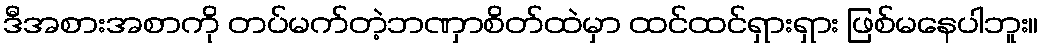
ဒီအစားအစာကို တပ်မက်တဲ့ဘဏှာစိတ်ထဲမှာ ထင်ထင်ရှားရှား ဖြစ်မနေပါဘူး။